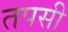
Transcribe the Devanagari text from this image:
तपसी